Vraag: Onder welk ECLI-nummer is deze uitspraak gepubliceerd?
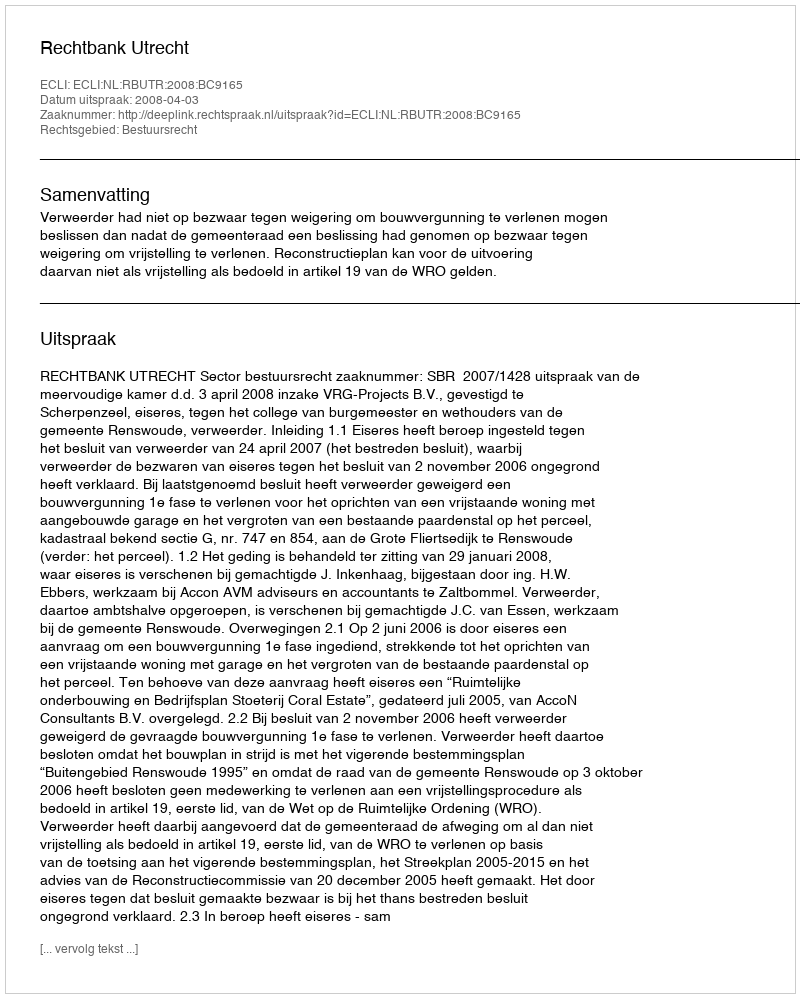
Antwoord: ECLI:NL:RBUTR:2008:BC9165